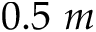
0 . 5 ~ m